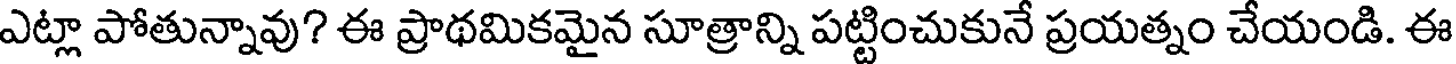
ఎట్లా పోతున్నావు? ఈ ప్రాథమికమైన సూత్రాన్ని పట్టించుకునే ప్రయత్నం చేయండి. ఈ